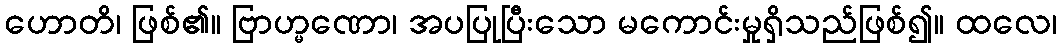
ဟောတိ၊ ဖြစ်၏။ ဗြာဟ္မဏော၊ အပပြုပြီးသော မကောင်းမှုရှိသည်ဖြစ်၍။ ထလေ၊